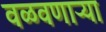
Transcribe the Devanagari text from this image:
वळवणाऱ्या